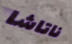
ناتاشا